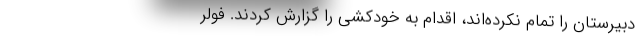
دبیرستان را تمام نکرده‌اند، اقدام به خودکشی را گزارش کردند. فولر